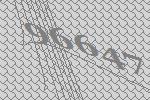
96647